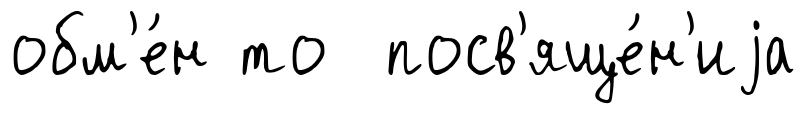
обм'е́н то посв'яще́н'иjа